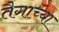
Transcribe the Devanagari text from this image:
तैगाच्या